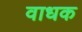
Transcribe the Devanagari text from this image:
वाधक